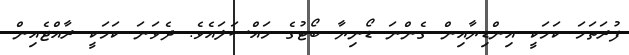
ފުރަތަމަ ކަމަކީ އިންޑިޔާއިން ގެންނަ ޑޯނިޔާ ބޯޓުގެ މައްސަލައެވެ. ދެވަނަ ކަމަކީ ރާއްޖެއިން